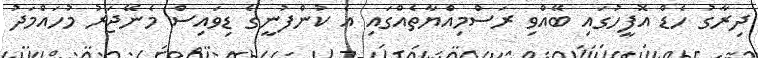
ދިރާގު ހެޑް އޮފީހުގައި ބޭއްވި ރަސްމިއްޔާތެއްގައި އެ ކުންފުނީގެ ޑިވައިސް މެނޭޖަރު މުހައްމަދު